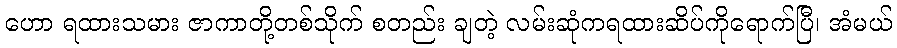
ဟော ရထားသမား ဇာကာတို့တစ်သိုက် စတည်း ချတဲ့ လမ်းဆုံကရထားဆိပ်ကိုရောက်ပြီ၊ အံမယ်